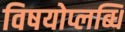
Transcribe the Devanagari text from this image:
विषयोप्लब्धि